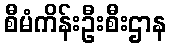
စီမံကိန်းဦးစီးဌာန